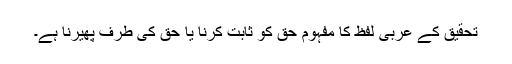
تحقیق کے عربی لفظ کا مفہوم حق کو ثابت کرنا یا حق کی طرف پھیرنا ہے۔